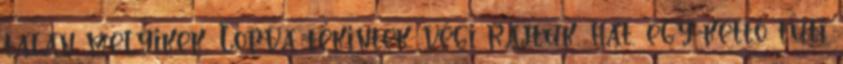
talán melyikek. Lopva tekintek végi rajtuk. hát, egy-kettő tuti